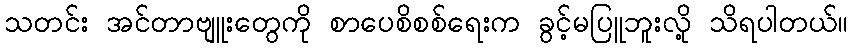
သတင်း အင်တာဗျူးတွေကို စာပေစိစစ်ရေးက ခွင့်မပြူဘူးလို့ သိရပါတယ်။